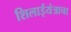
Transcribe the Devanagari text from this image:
शिलाईयंत्राचा